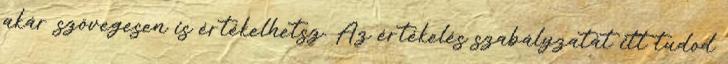
akár szövegesen is értékelhetsz. Az értékelés szabályzatát itt tudod